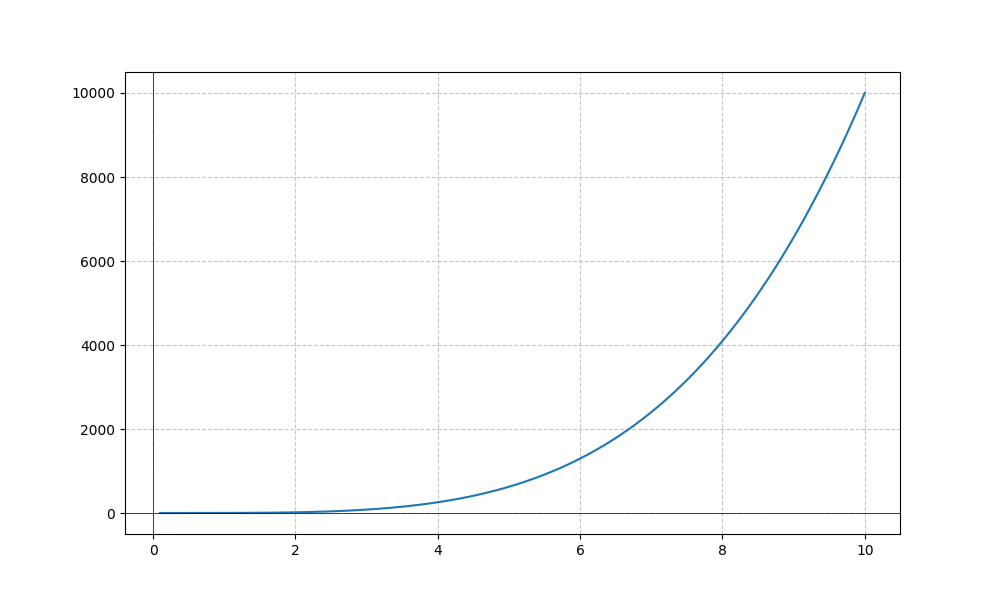
LaTeX formula: x^{4}